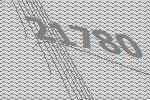
21780